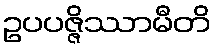
ဥပပဇ္ဇိဿာမီတိ